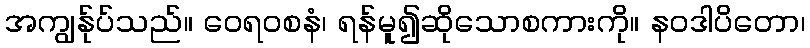
အကျွန်ုပ်သည်။ ဝေရဝစနံ၊ ရန်မူ၍ဆိုသောစကားကို။ နဝဒါပိတော၊